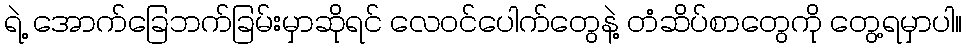
ရဲ့ အောက်ခြေဘက်ခြမ်းမှာဆိုရင် လေဝင်ပေါက်တွေနဲ့ တံဆိပ်စာတွေကို တွေ့ရမှာပါ။